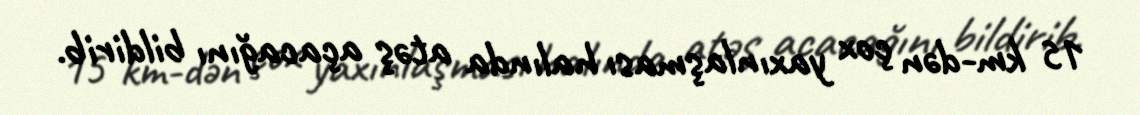
15 km-dən çox yaxınlaşması halında atəş açacağını bildirib.